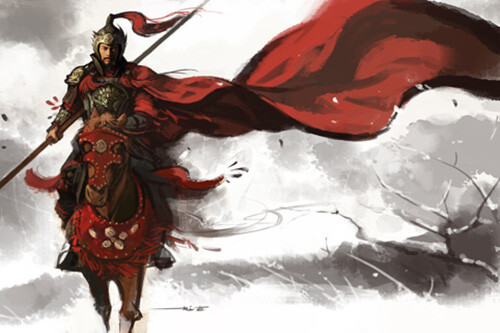
怒发冲冠，凭栏处潇潇雨歇。